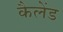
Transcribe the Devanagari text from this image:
कैलेंड